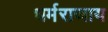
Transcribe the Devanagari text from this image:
धर्मराजाय